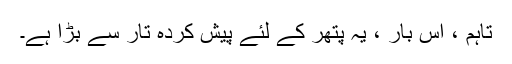
تاہم ، اس بار ، یہ پتھر کے لئے پیش کردہ تار سے بڑا ہے۔